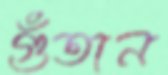
গুঁতান